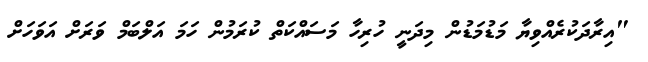
"އިރާދަކުރެއްވިޔާ މަޑުމަޑުން މިދަނީ ހުރިހާ މަސައްކަތް ކުރަމުން ހަމަ އަލްބަމް ވަރަށް އަވަހަށް